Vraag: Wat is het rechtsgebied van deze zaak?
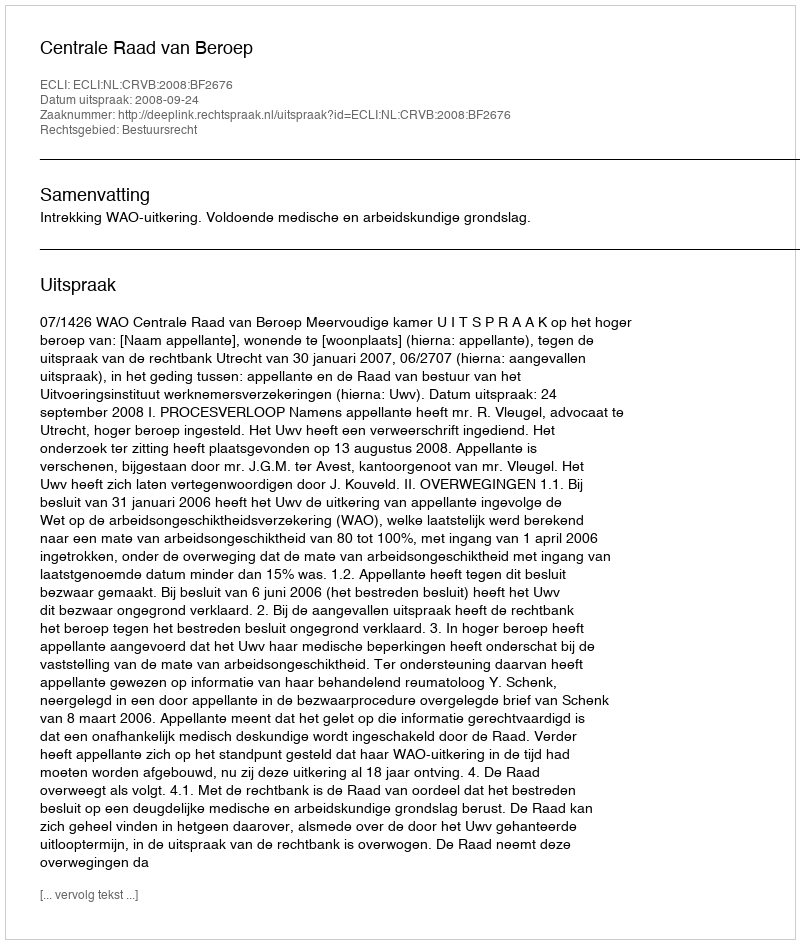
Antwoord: Bestuursrecht